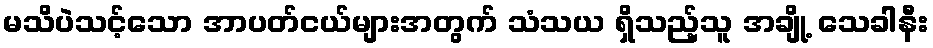
မသိပဲသင့်သော အာပတ်ငယ်များအတွက် သံသယ ရှိသည့်သူ အချို့ သေခါနီး